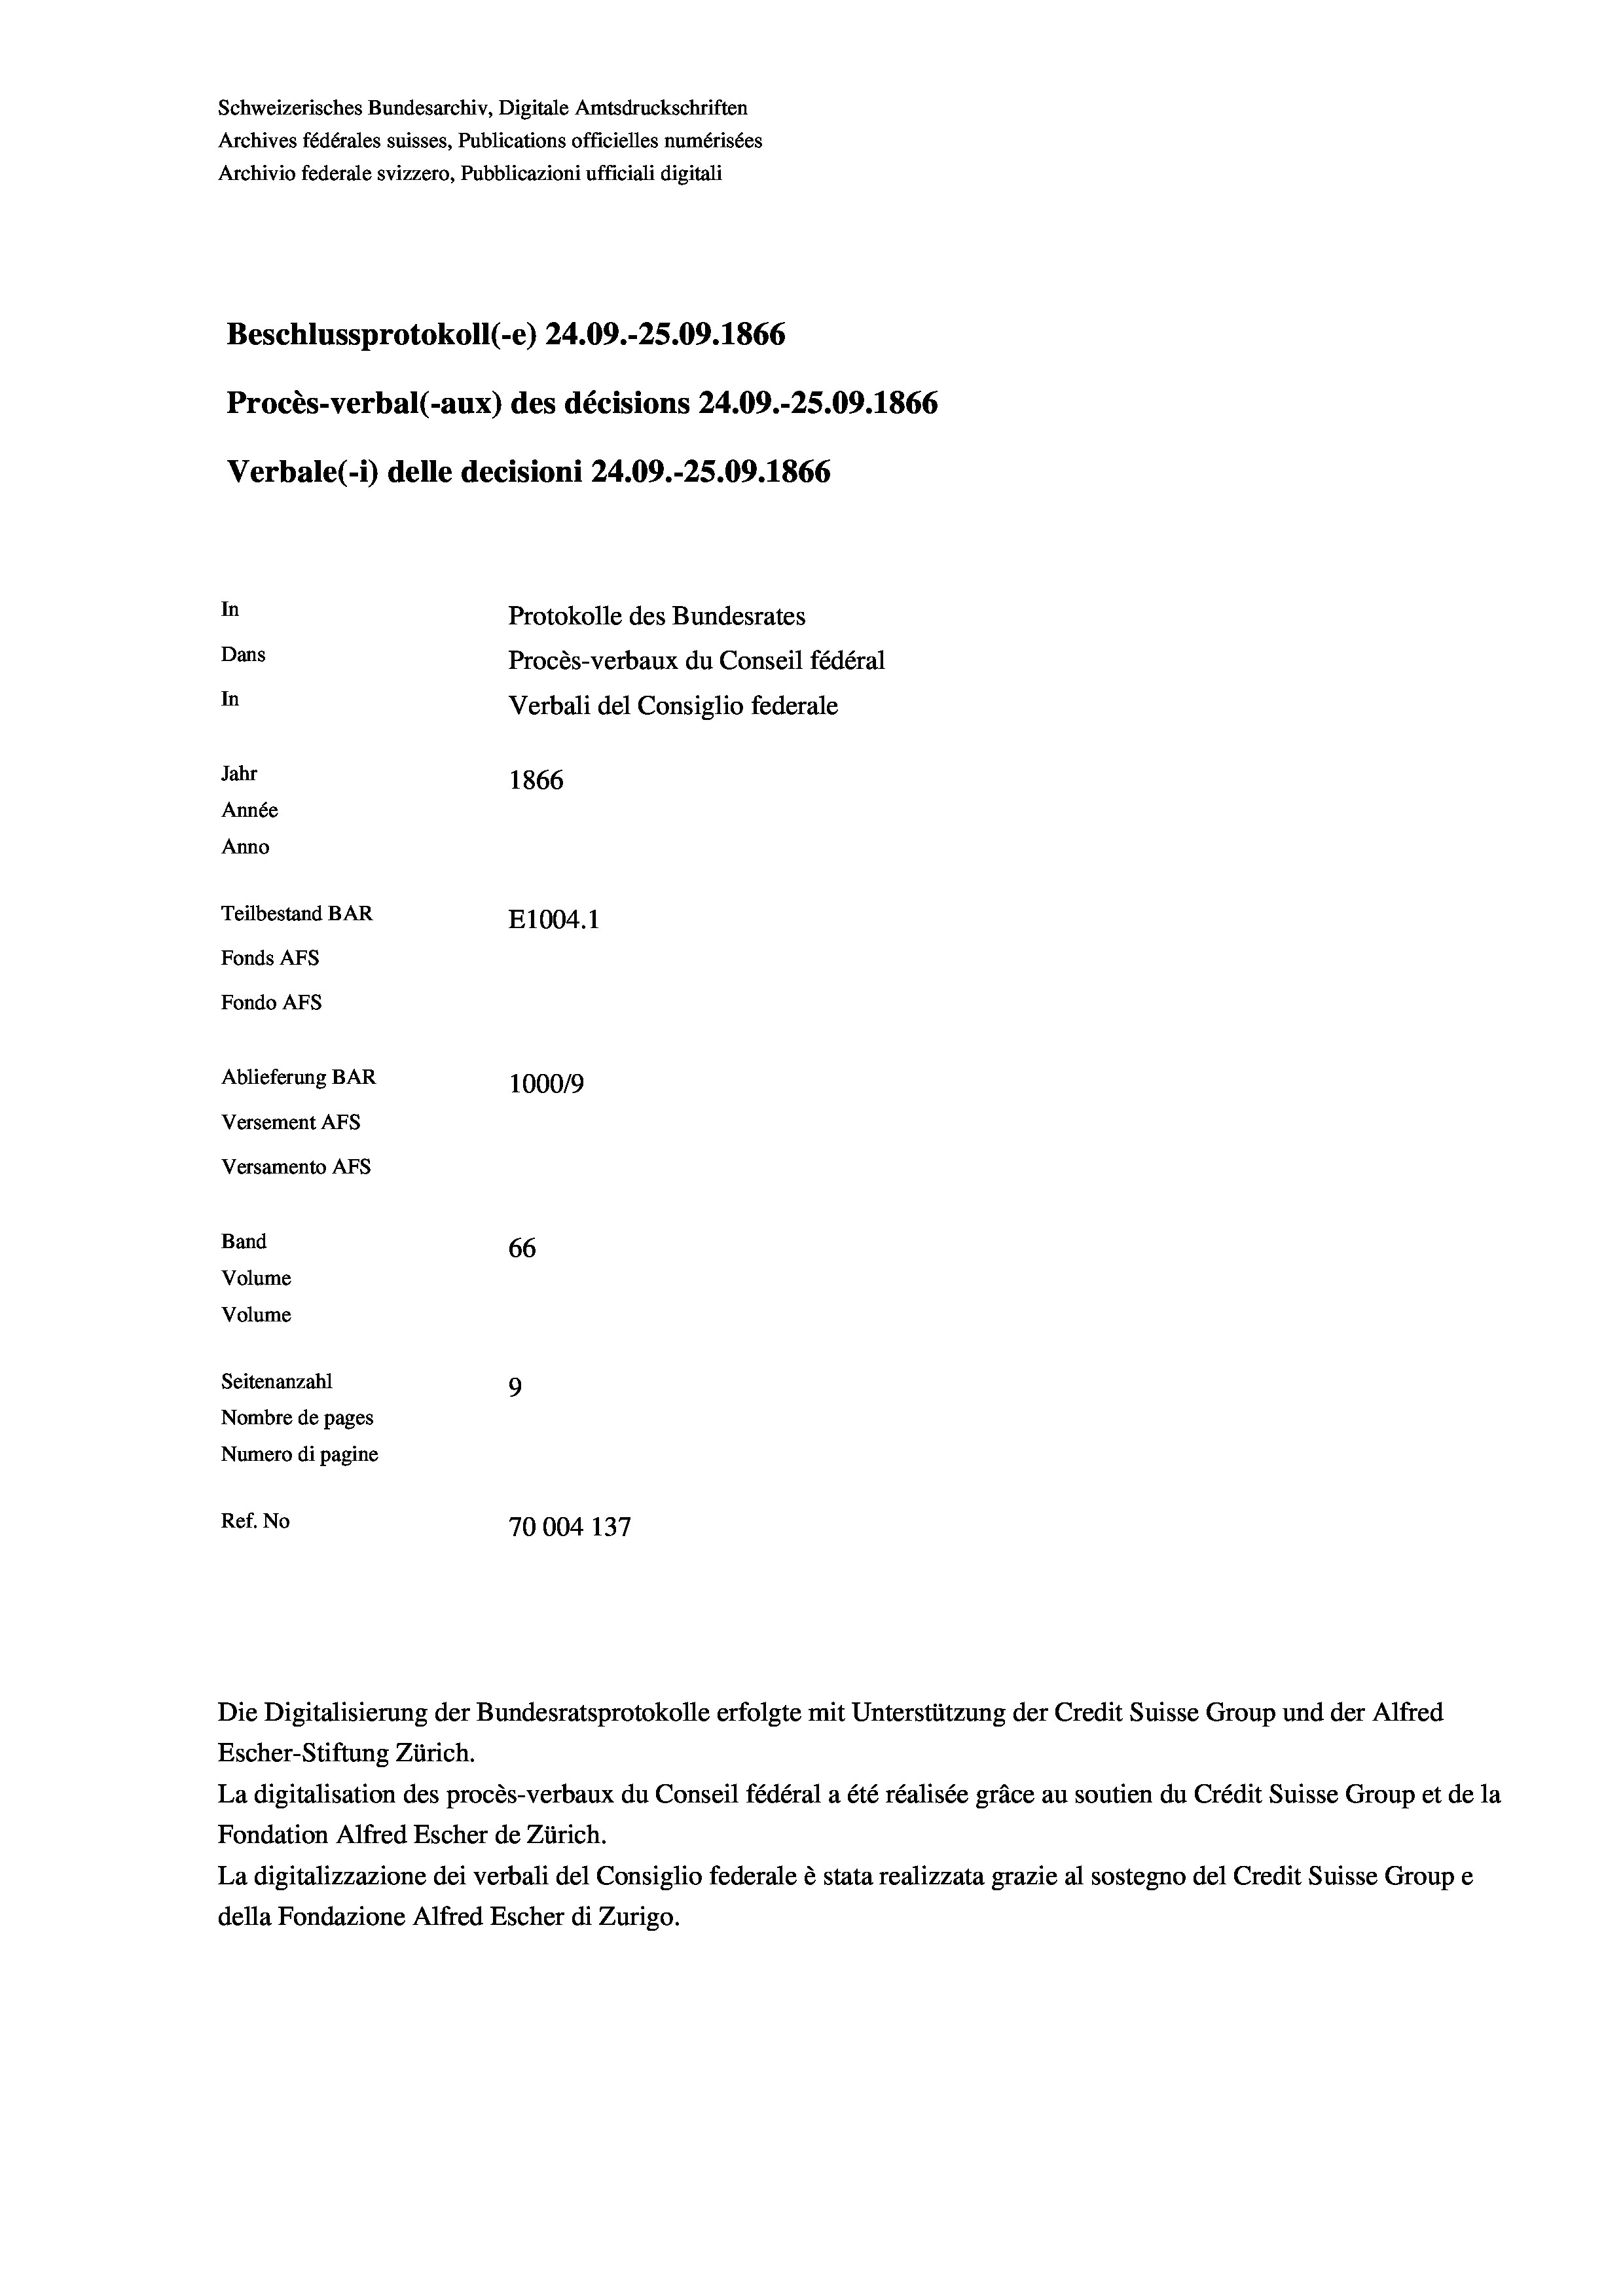
Schweizerisches Bundesarchiv, Digitale Amtsdruckschriften
Archives fédérales suisses, Publications officielles numérisées
Beschlussprotokoll (-e) 24.09.-25.09. 1866
Procès-verbal (-aux) des décisions 24.09.-25.09. 1866
In
Protokolle des Bundesrates
Dans
Procès-verbaux du Conseil fédéral
In
Verbali del Consiglio federale
Jahr
1866
Année
Anno
Teilbestand BAR
E1004.1
Fonds AFs
Fondo Afs

Ablieferung BAR
Versement AFs
Versamento AFs
Band
Volume
Volume
Seitenanzahl

Archivio federale svizzero, Pubblicazioni ufficiali digitali

Verbale (i) delle decisioni 24.09.-25.09. 1866

66
9
Nombre de pages
Numero di pagine
Ref. No
70004 137

100019

Escher-Stiftung Zürich.
La digitalisation des procès-verbaux du Conseil fédéral a été réalisée gräce au soutien du Crédit Suisse Group et de la
Fondation Alfred Escher de Zürich.
La digitalizzazione dei verbali del Consiglio federale è stata realizzata grazie al sostegno del Credit Suisse Groupe
della Fondazione Alfred Escher di Zurigo.

Die Digitalisierung der Bundesratsprotokolle erfolgte mit Unterstützung der Credit Suisse Group und der Alfred